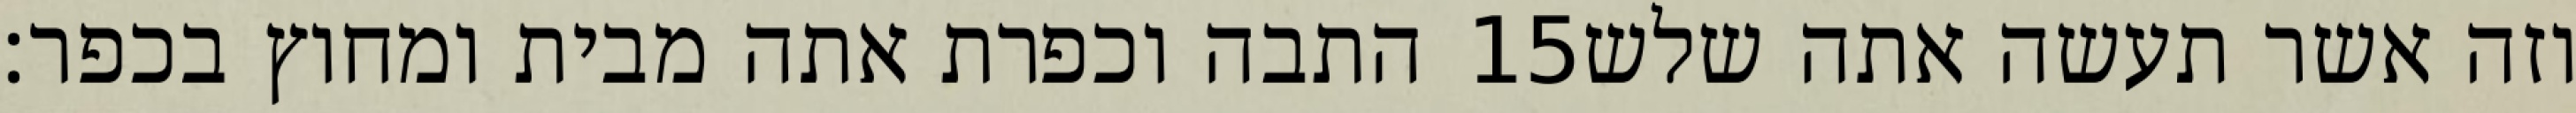
התבה וכפרת אתה מבית ומחוץ בכפר׃ ‎15‏ וזה אשר תעשה אתה שלש